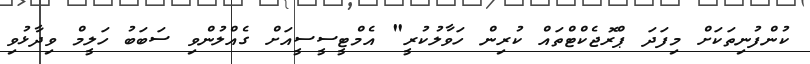
ކުންފުނިތަކަށް މިފަދަ ޕްރޮޖެކްޓްތައް ކުރިން ހަވާލުކުރީ" އެމްޓީސީސީއަށް ގެއްލުންވި ސަބަބު ހަލީމް ވިދާޅުވި